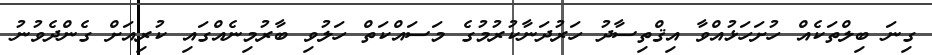
ގިނަ ބިލްތަކެއް ހުށަހަޅުއްވާ އިޤްތިސާދު ހަރުދަނާކުރުމުގެ މަސައްކަތް ހަލުވި ބާރުމިނެއްގައި ކުރިއަށް ގެންދެވުނު